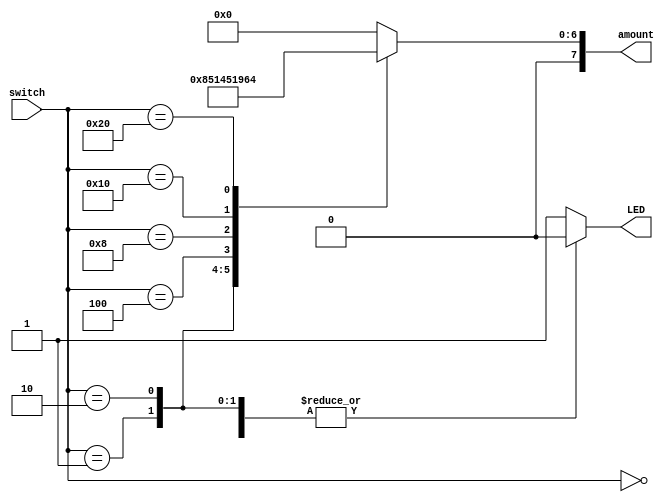
module ATM(
    input [5:0] switch, 
    output [7:0] amount, 
    output LED 
    );
    
    reg [7:0] bill_amount = 8'b00000000; 
    always @(switch)
    begin
        case(switch) 
            1: bill_amount = 8'b00000001; 
            2: bill_amount = 8'b00000101; 
            4: bill_amount = 8'b00001010; 
            8: bill_amount = 8'b00010100; 
            16: bill_amount = 8'b00110010; 
            32: bill_amount = 8'b01100100; 
            default: bill_amount = 8'b00000000; 
        endcase
    end
    
    assign amount = bill_amount;
        
    always @(switch)
    begin
        case(switch)
            0: active = 1'b0; 
            1: active = 1'b0; 
            2: active = 1'b0; 
            4: active = 1'b0; 
            8: active = 1'b0; 
            16: active = 1'b0; 
            32: active = 1'b0; 
            default: active = 1'b1; 
        endcase
    end
    
    assign LED = active;
    
endmodule